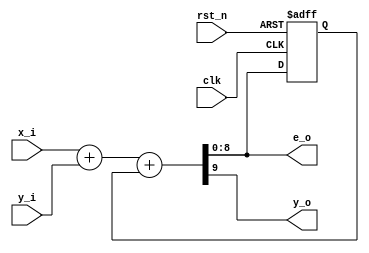
`timescale  1ns / 1ps

module sp_efm #(
    parameter WIDTH = 9,  // 
    parameter OUT_REG = 0 // 
) (
    input clk,             // 
    input rst_n,           // 

    input [WIDTH-1:0] x_i, // EFM
    input y_i,
    output y_o,            // 
    output [WIDTH-1:0] e_o //  EFM 
);

    wire [WIDTH:0] sum;
    reg [WIDTH:0] sum_r;

    // 
    assign sum = x_i + y_i + sum_r[WIDTH-1:0];

    // 
    always @(posedge clk or negedge rst_n) begin
        if (!rst_n) begin
            sum_r <= 'b0;
        end else begin
            sum_r <= sum;
        end
    end

    // // 
    // assign e_o = sum[WIDTH-1:0];
    // assign y_o = sum[WIDTH];
    // // 
    // //  y  Sigma-Delta  Sigma-Delta  y 
    // // assign y_o = sum_r[WIDTH];

    // 
    generate
        if (OUT_REG) begin
            // 
            assign e_o = sum_r[WIDTH-1:0];
            assign y_o = sum_r[WIDTH];
        end else begin
            // 
            assign e_o = sum[WIDTH-1:0];
            assign y_o = sum[WIDTH];
        end
    endgenerate

endmodule